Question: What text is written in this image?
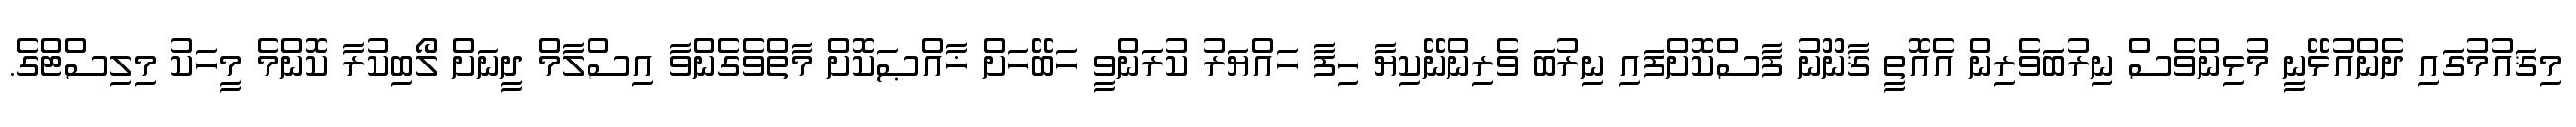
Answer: މިޤައުމުގައި ދެންއުޅޭނީ މުޅިންވެސް ނިރުބަވެރިން އެއޮތީ ޤާނޫނު ފާސްކޮށްފައި ނިރުބަ ވެރިންނޭކިޔާ ހިފާ ހައްޔަރު ކުރަންވީ ހަބޭހަށް ޚާއްޞަކޮށް މާތްވެގެންވާ އިސްލާމް ދީނަށް ލޯބިކުރާ ކޮންމެ މީހަކު މިލިސްޓްގެ.